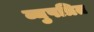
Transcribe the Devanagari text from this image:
व्युपत्रित